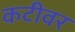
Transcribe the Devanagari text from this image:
कटीवर